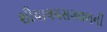
શૌચાલયસગવળની